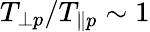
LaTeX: T_{\perp p}/T_{\parallel p}\sim 1